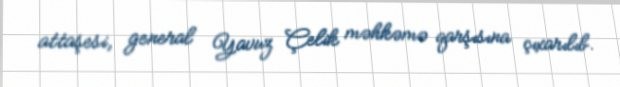
attaşesi, general Yavuz Çelik məhkəmə qarşısına çıxarılıb.